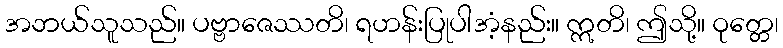
အဘယ်သူသည်။ ပဗ္ဗာဇေဿတိ၊ ရဟန်းပြုပါအံ့နည်း။ ဣတိ၊ ဤသို့။ ဝုတ္တေ၊